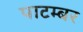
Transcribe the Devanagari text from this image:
पाटम्बर